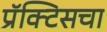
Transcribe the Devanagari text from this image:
प्रॅक्‍टिसचा